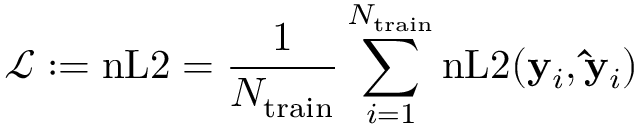
\mathcal { L } : = \mathrm { n L 2 } = \frac { 1 } { N _ { \mathrm { t r a i n } } } \sum _ { i = 1 } ^ { N _ { \mathrm { t r a i n } } } \mathrm { n L 2 } ( \mathbf { y } _ { i } , \mathbf { \hat { y } } _ { i } )